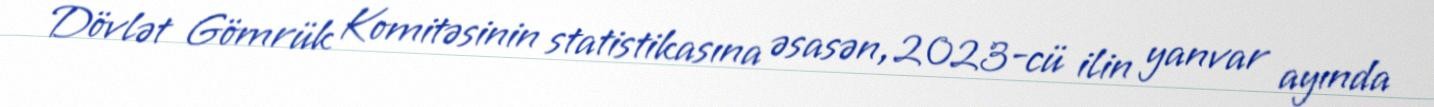
Dövlət Gömrük Komitəsinin statistikasına əsasən, 2023-cü ilin yanvar ayında